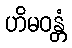
ဟိမဝန္တံ